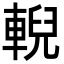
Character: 輗